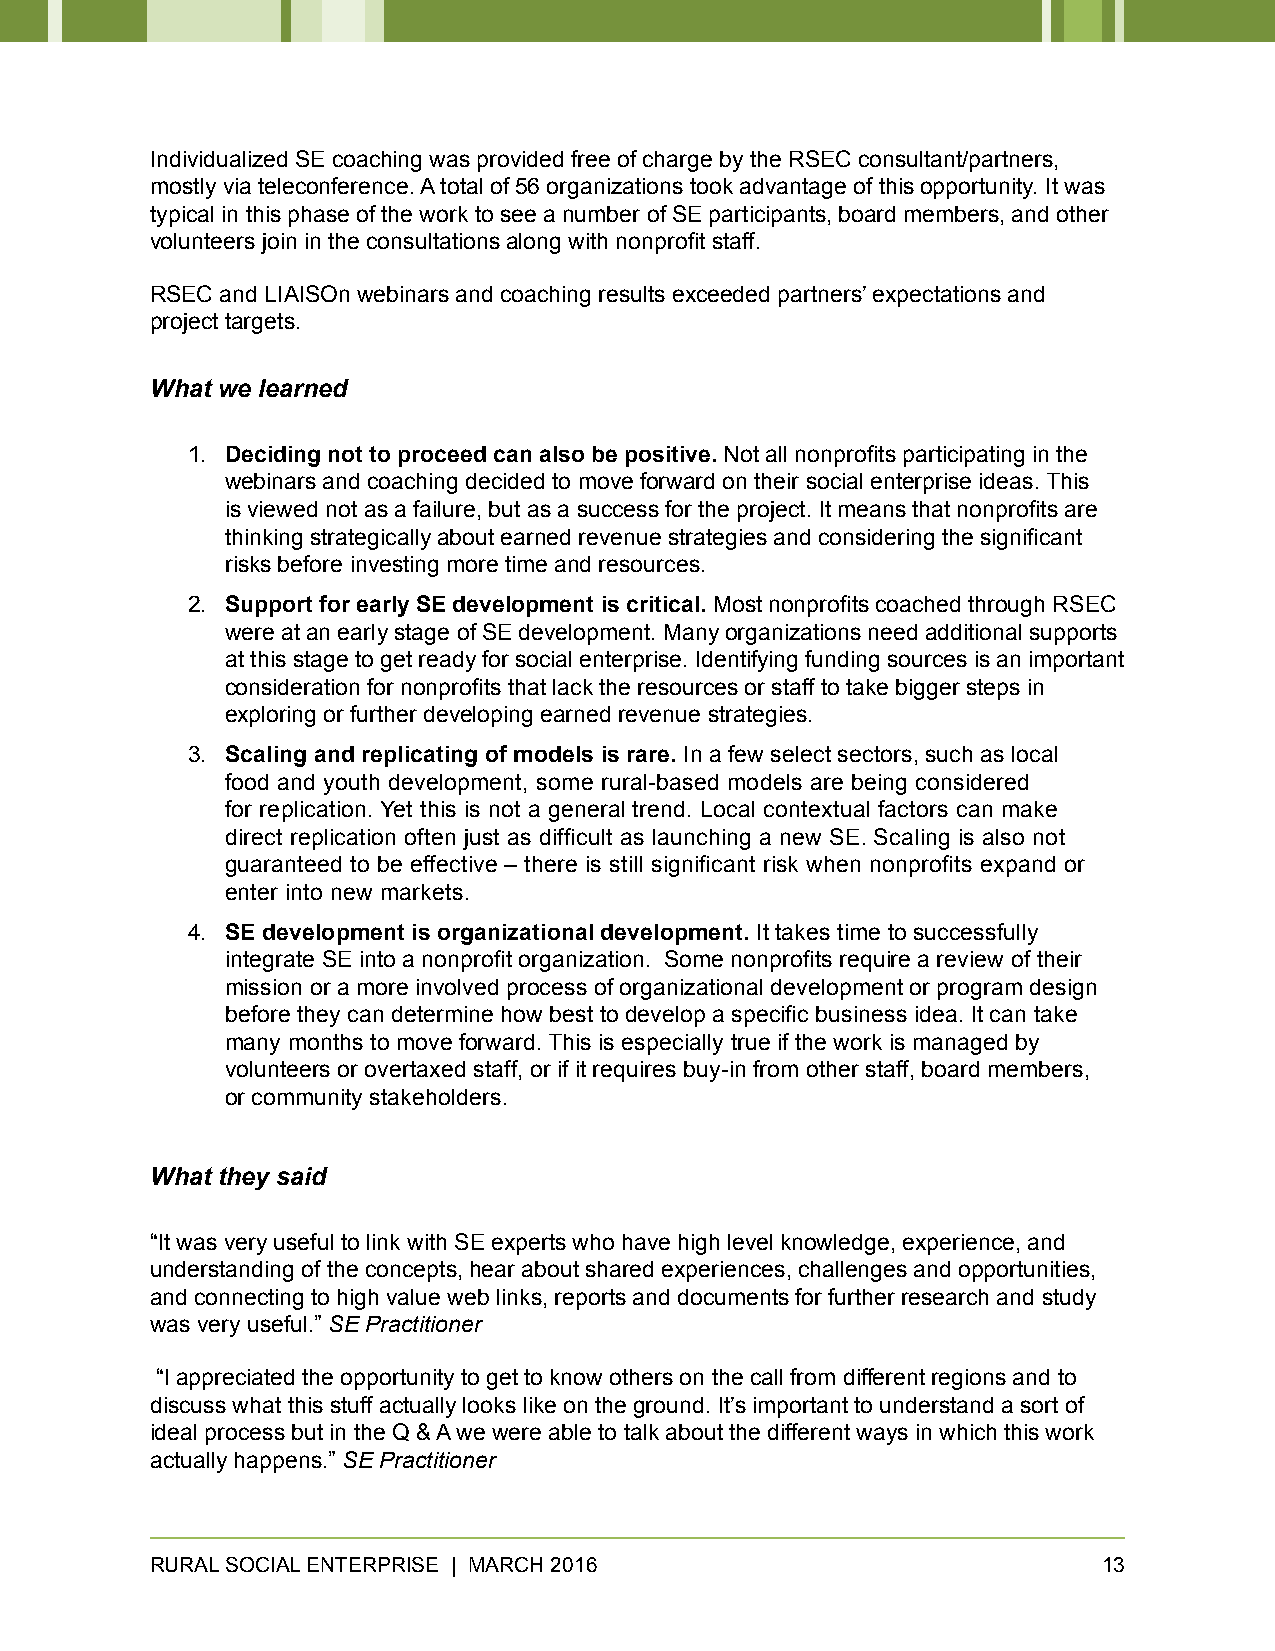
Individualized SE coaching was provided free of charge by the RSEC consultant/partners,
 mostly via teleconference. A total of 56 organizations took advantage of this opportunity. It was
 typical in this phase of the work to see a number of SE participants, board members, and other
 volunteers join in the consultations along with nonprofit staff.
 RSEC and LIAISOn webinars and coaching results exceeded partners’ expectations and
 project targets.
 What we learned
 1. Deciding not to proceed can also be positive. Not all nonprofits participating in the
 webinars and coaching decided to move forward on their social enterprise ideas. This
 is viewed not as a failure, but as a success for the project. It means that nonprofits are
 thinking strategically about earned revenue strategies and considering the significant
 risks before investing more time and resources.
 2. Support for early SE development is critical. Most nonprofits coached through RSEC
 were at an early stage of SE development. Many organizations need additional supports
 at this stage to get ready for social enterprise. Identifying funding sources is an important
 consideration for nonprofits that lack the resources or staff to take bigger steps in
 exploring or further developing earned revenue strategies.
 3. Scaling and replicating of models is rare. In a few select sectors, such as local
 food and youth development, some rural-based models are being considered
 for replication. Yet this is not a general trend. Local contextual factors can make
 direct replication often just as difficult as launching a new SE. Scaling is also not
 guaranteed to be effective – there is still significant risk when nonprofits expand or
 enter into new markets.
 4. SE development is organizational development. It takes time to successfully
 integrate SE into a nonprofit organization. Some nonprofits require a review of their
 mission or a more involved process of organizational development or program design
 before they can determine how best to develop a specific business idea. It can take
 many months to move forward. This is especially true if the work is managed by
 volunteers or overtaxed staff, or if it requires buy-in from other staff, board members,
 or community stakeholders.
 What they said
 “It was very useful to link with SE experts who have high level knowledge, experience, and
 understanding of the concepts, hear about shared experiences, challenges and opportunities,
 and connecting to high value web links, reports and documents for further research and study
 was very useful.” SE Practitioner
 “I appreciated the opportunity to get to know others on the call from different regions and to
 discuss what this stuff actually looks like on the ground. It’s important to understand a sort of
 ideal process but in the Q & A we were able to talk about the different ways in which this work
 actually happens.” SE Practitioner
 RURAL SOCIAL ENTERPRISE | MARCH 2016                           13